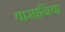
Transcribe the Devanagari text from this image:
वासानिया